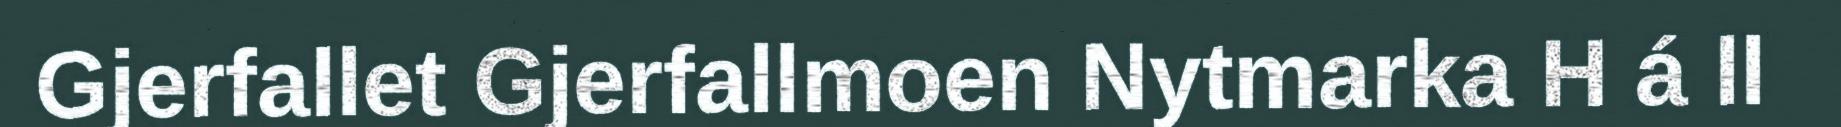
Gjerfallet Gjerfallmoen Nytmarka H á ll